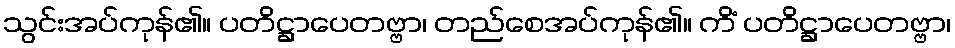
သွင်းအပ်ကုန်၏။ ပတိဋ္ဌာပေတဗ္ဗာ၊ တည်စေအပ်ကုန်၏။ ကိံ ပတိဋ္ဌာပေတဗ္ဗာ၊